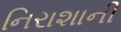
નિરાશાની